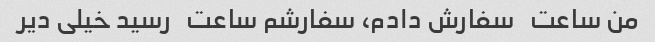
من ساعت   سفارش دادم، سفارشم ساعت   رسید خیلی دیر